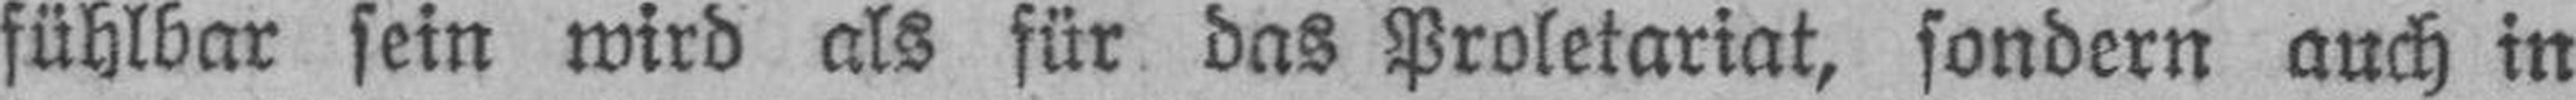
fühlbar sein wird als für das Proletariat, sondern auch in